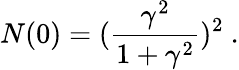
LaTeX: N(0)=(\frac{\gamma^{2}}{1+\gamma^{2}})^{2}\ .